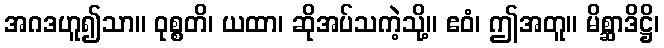
အဂဒဟူ၍သာ။ ဝုစ္စတိ၊ ယထာ၊ ဆိုအပ်သကဲ့သို့။ ဧဝံ၊ ဤအတူ။ မိစ္ဆာဒိဋ္ဌိ၊